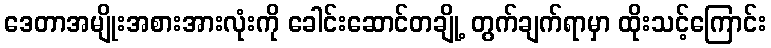
ဒေတာအမျိုးအစားအားလုံးကို ခေါင်းဆောင်တချို့ တွက်ချက်ရာမှာ ထိုးသင့်ကြောင်း